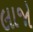
લાજો